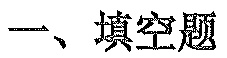
一、填空题